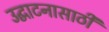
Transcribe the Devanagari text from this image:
उद्घाटनासाठी